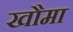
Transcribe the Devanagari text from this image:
खौमा